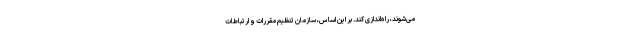
می‌شوند، راه‌اندازی کند. بر این اساس، سازمان تنظیم مقررات و ارتباطات